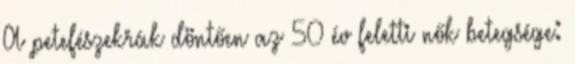
A petefészekrák döntően az 50 év feletti nők betegsége: